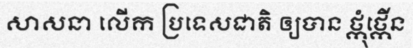
សាសនា លើក ប្រទេសជាតិ ឲ្យបាន ថ្កុំថ្កើន